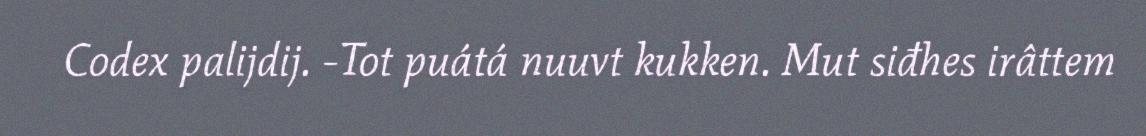
Codex palijdij. -Tot puátá nuuvt kukken. Mut siđhes irâttem